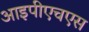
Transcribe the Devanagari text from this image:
आइपीएचएस